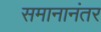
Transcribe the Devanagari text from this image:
समानानंतर